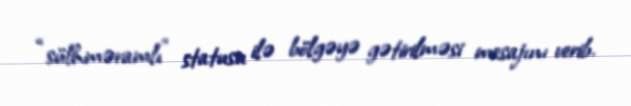
“sülhməramlı” statusu ilə bölgəyə gətirilməsi mesajını verib.